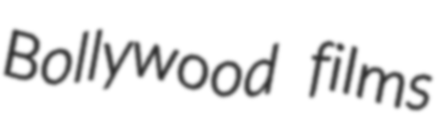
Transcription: Bollywood films